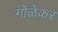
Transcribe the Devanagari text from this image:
गोळेकर